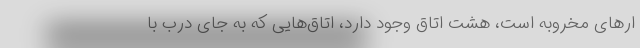
ار‌های مخروبه است، هشت اتاق وجود دارد، اتاق‌هایی که به جای درب با